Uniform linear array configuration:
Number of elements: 16
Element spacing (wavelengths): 0.75
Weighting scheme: blackman
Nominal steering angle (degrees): -45
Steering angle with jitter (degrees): -43.34
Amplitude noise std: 0.05
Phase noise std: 0.05

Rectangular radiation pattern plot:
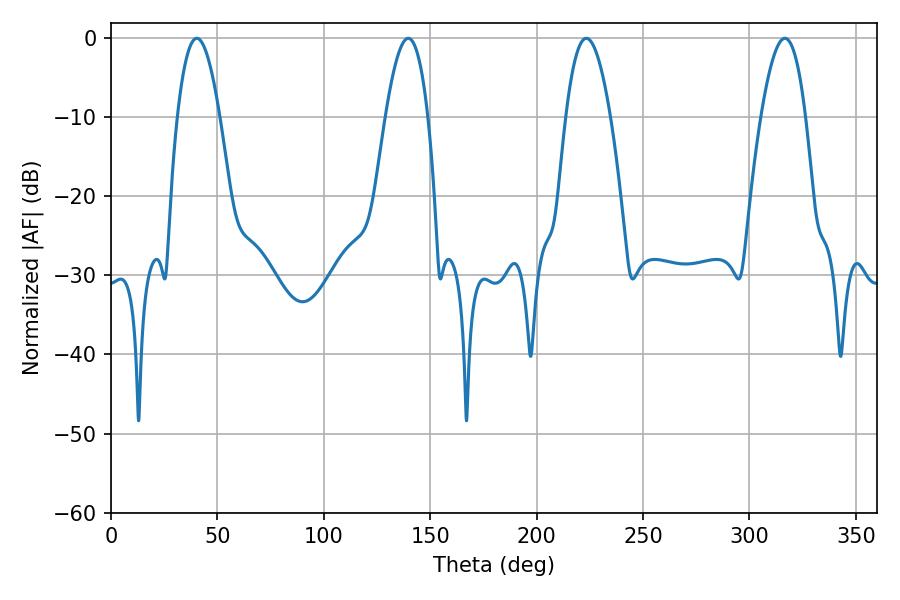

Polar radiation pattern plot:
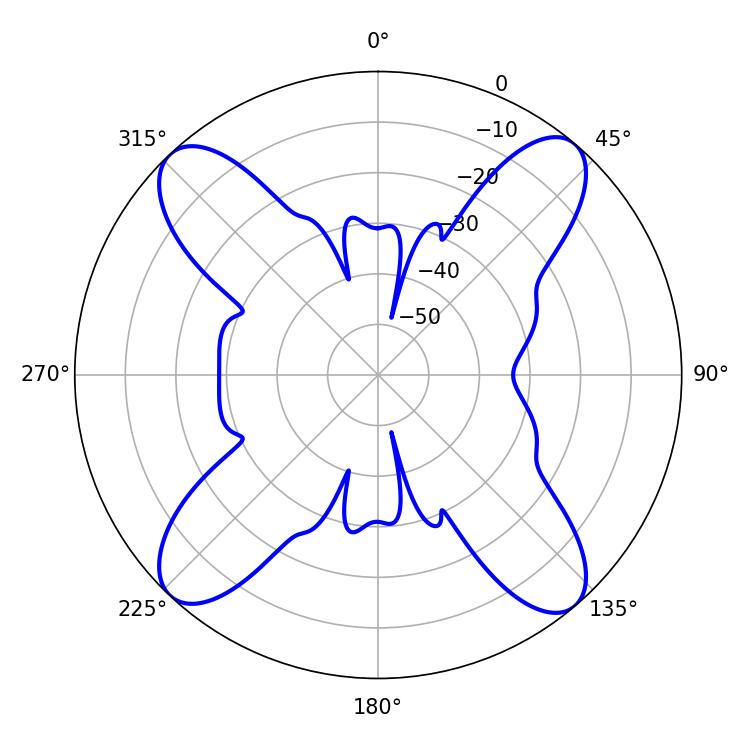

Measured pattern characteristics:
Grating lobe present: TRUE
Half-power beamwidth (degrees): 10.98
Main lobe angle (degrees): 40.32